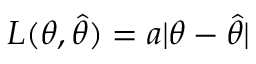
L ( \theta , { \widehat { \theta } } ) = a | \theta - { \widehat { \theta } } |